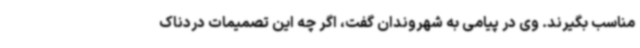
مناسب بگیرند. وی در پیامی به شهروندان گفت، اگر چه این تصمیمات دردناک